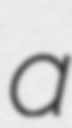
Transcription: a